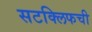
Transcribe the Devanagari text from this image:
सटक्लिफची